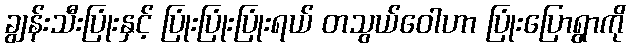
ချွန်းသီးပြုံးနှင့် ပြုံးပြုံးပြုံးရယ် တသွယ်ဝေါဟာ ပြုံးပြောရွာကို